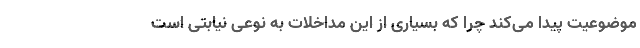
موضوعیت پیدا می‌کند چرا که بسیاری از این مداخلات به نوعی نیابتی است